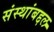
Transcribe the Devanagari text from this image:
संस्थांबद्दल